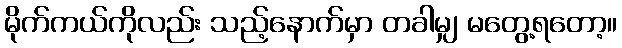
မိုက်ကယ်ကိုလည်း သည့်နောက်မှာ တခါမျှ မတွေ့ရတော့။